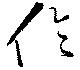
倫